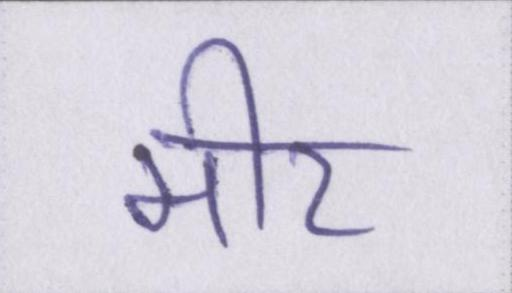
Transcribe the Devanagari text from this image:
मीर